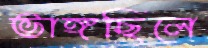
ভাঙ্গছিলে